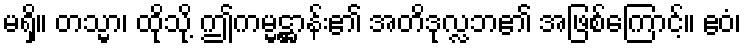
မရှိ။ တသ္မာ၊ ထိုသို့ ဤကမ္မဋ္ဌာန်း၏ အတိဒုလ္လဘ၏ အဖြစ်ကြောင့်။ ဧဝံ၊